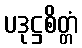
ပဒုဋ္ဌစိတ္တံ